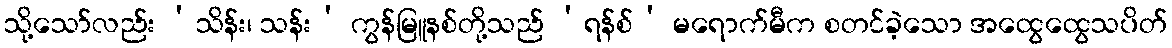
သို့သော်လည်း ‘သိန်း၊ သန်း’ ကွန်မြူနစ်တို့သည် ‘ရန်စ်’ မရောက်မီက စတင်ခဲ့သော အထွေထွေသပိတ်